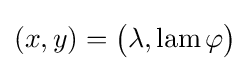
(x,y)={\bigl (}\lambda ,\operatorname {lam} \varphi {\bigr )}